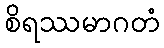
စိရဿမာဂတံ